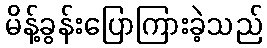
မိန့်ခွန်းပြောကြားခဲ့သည်